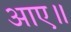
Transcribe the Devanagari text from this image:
आए॥